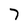
Character: 7